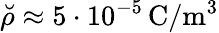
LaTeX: \breve{\rho}\approx 5\cdot 10^{-5}\, \textrm{C}/\textrm{m}^{3}